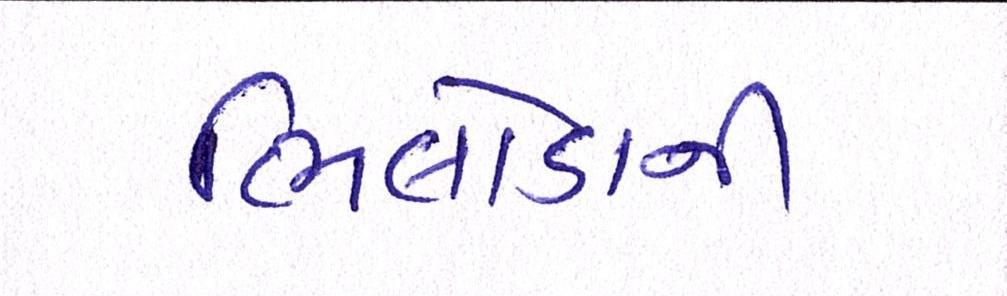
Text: ભિલોડાની